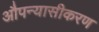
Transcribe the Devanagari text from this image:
औपन्यासीकरण